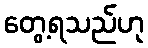
တွေ့ရသည်ဟု